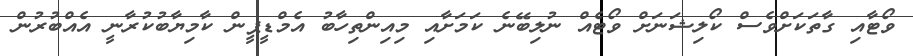
ވޯޓާއި ގާތަކަށްވެސް ކޯލިޝަނަށް ވޯޓެއް ނުލިބޭނެ ކަމަށާއި މިއިންތިހާބު އެމްޑީޕީން ކާމިޔާބުކުރާނީ އެއްބުރުން